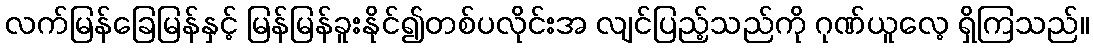
လက်မြန်ခြေမြန်နှင့် မြန်မြန်ခူးနိုင်၍တစ်ပလိုင်းအ လျင်ပြည့်သည်ကို ဂုဏ်ယူလေ့ ရှိကြသည်။